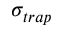
\sigma _ { t r a p }